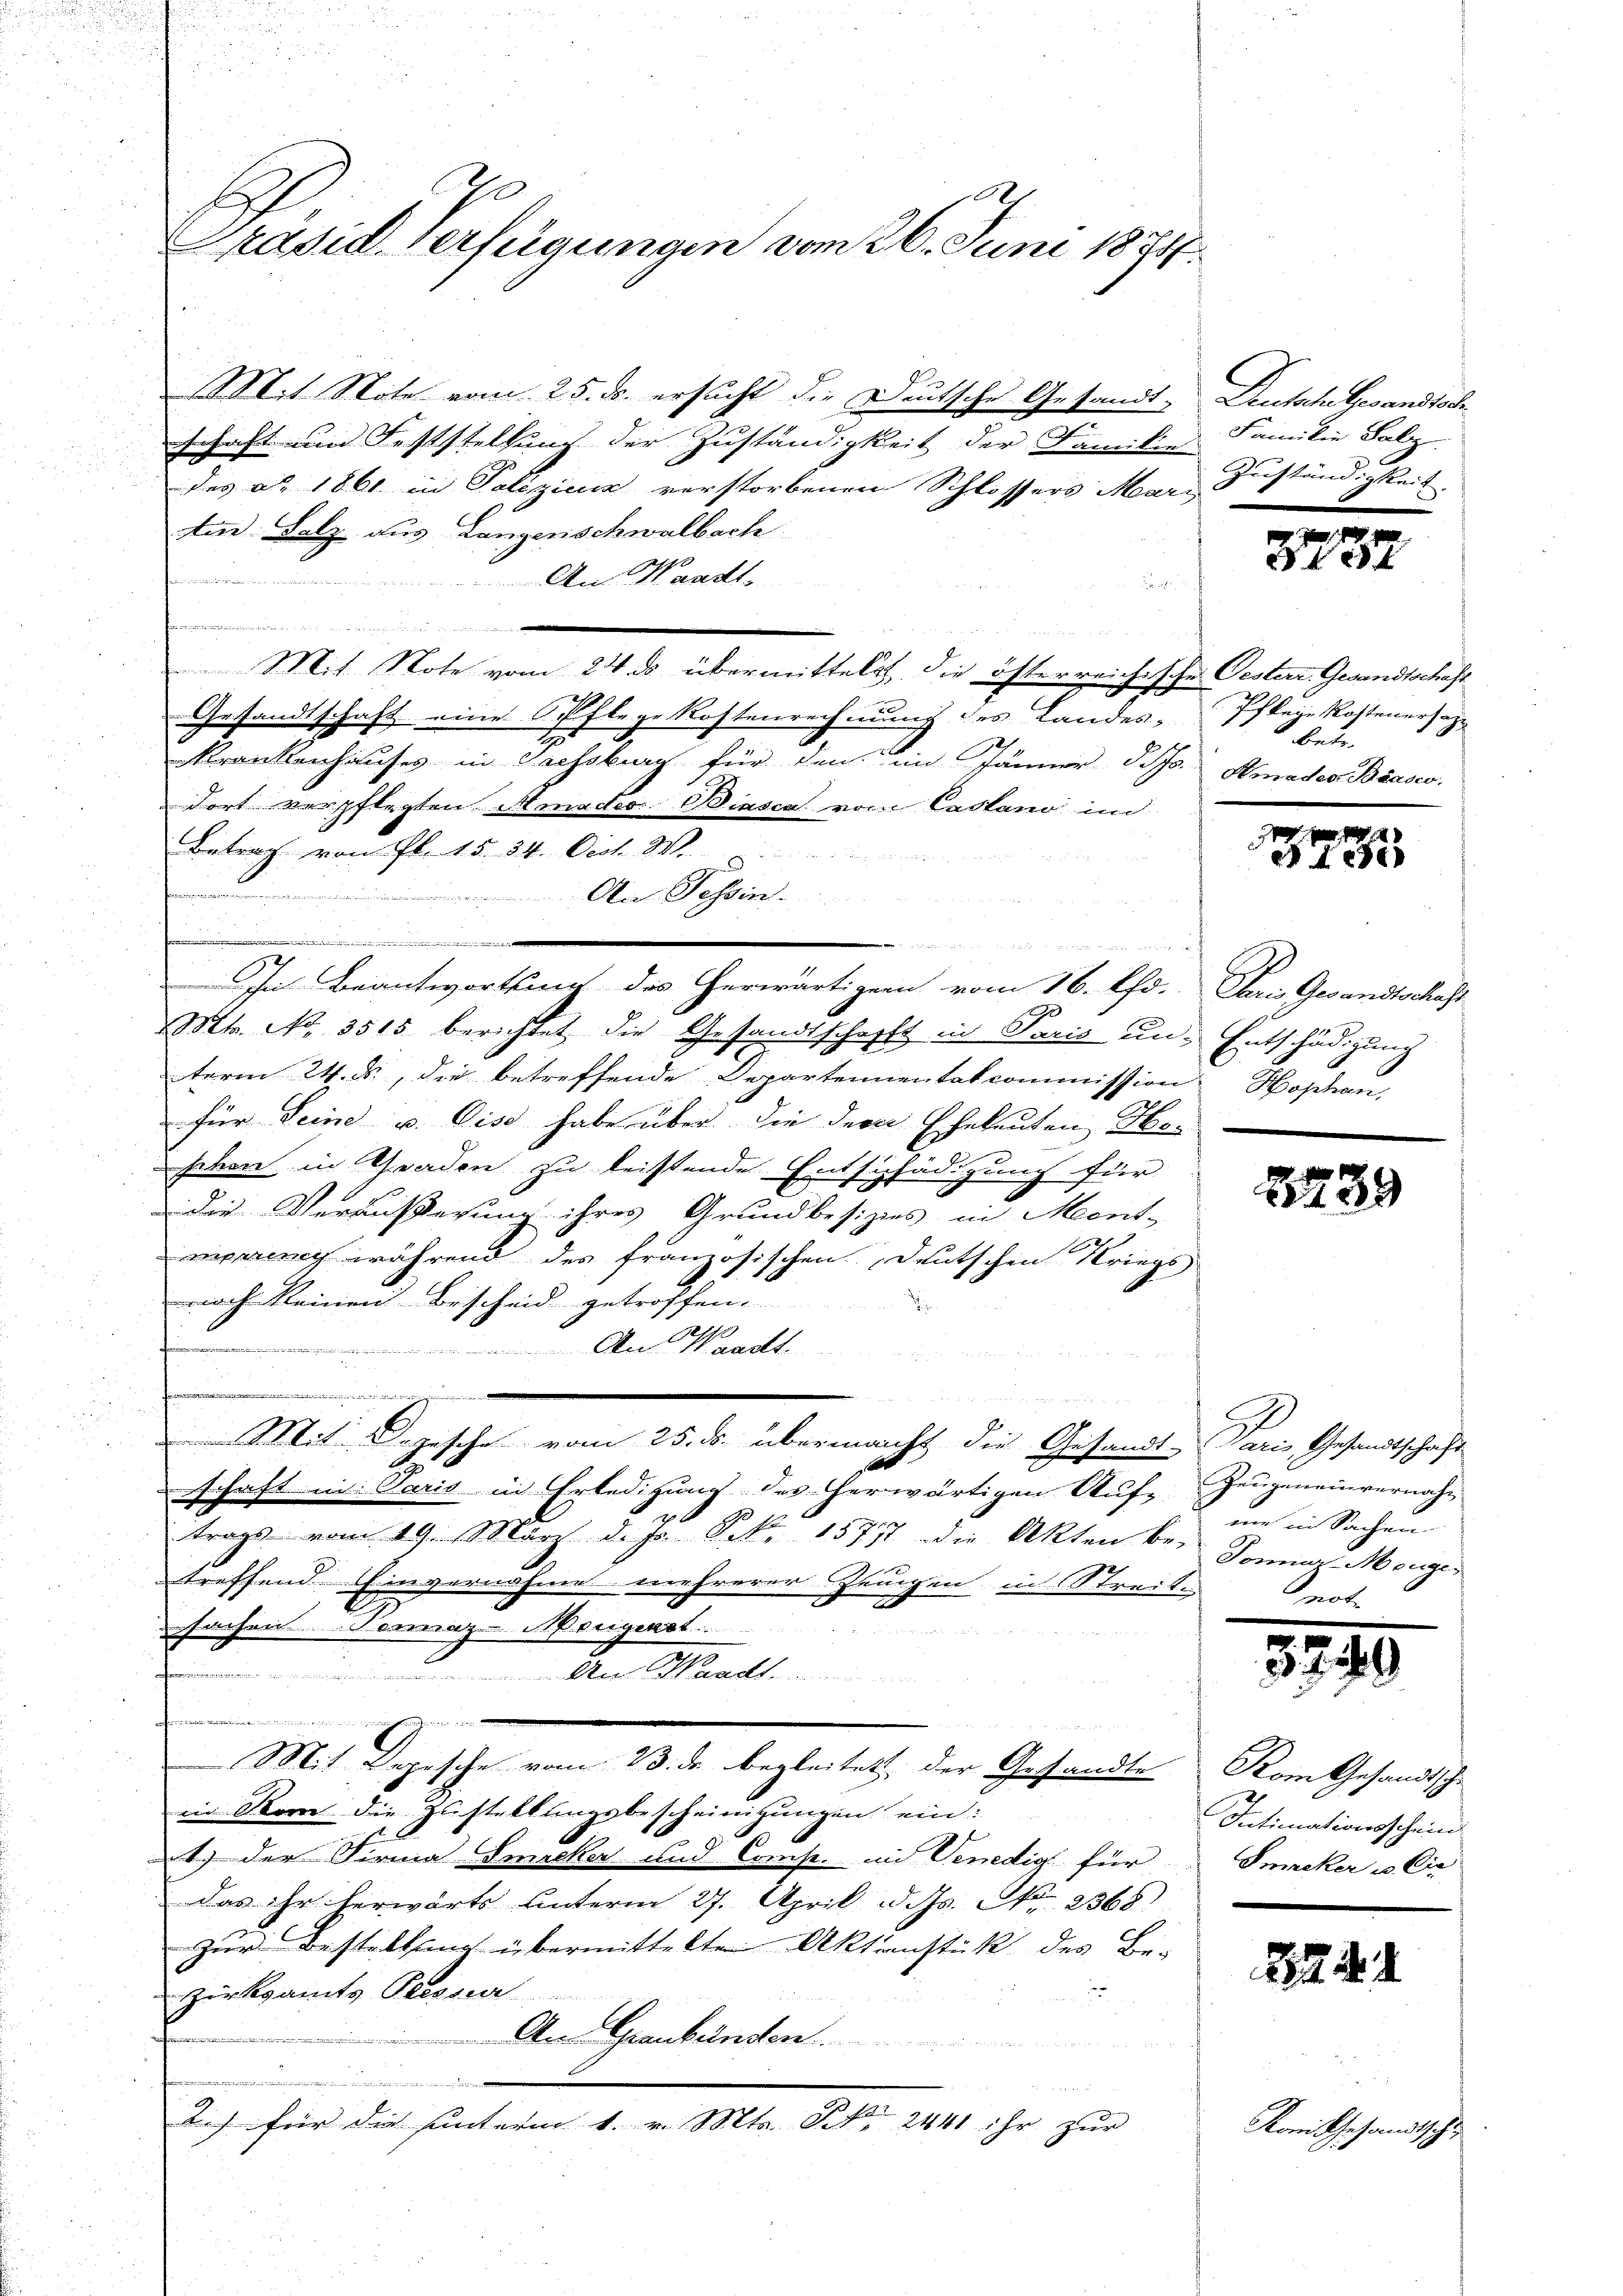
E
Präsid. Verfügungen vom 26. Juni 1888

M.t Note vom 25. ds. ersucht die Deutsche Gesandt-
schaft und Feststellung der Zuständigkeit der Familie Zuständigkeit.
des a. 1861 in Polizienz verstorbenen Schlossers Mari
Am Falz aus Langenschwalbach
hanen die werden wer
An Waadt,
d
n
Mit Note vom 24. ds übermittels, die österreichische Oesterr. Gesandtschaft
Gesandtschaft eine Pflege Kostenrechnung des Landes-Pflege Kostenersatz¬
Krankenhauses in Sachsburg für den im Jänner d. Js. Amades Biasco,
dort verpflegten Amades. Biasca vom Castano ind
Betrag von fl. 15. 54. Oct. W
An Tessin
e
In Beantwortseit des herwärtigen vom 16. Chr.
MMts. No. 3515 berichtet die Gesandtschafft in Paris un Entschädigung
term 24. ds., die betreffende Departennentatcommission Hophan,
für Seine u. Cise habe über die derer Eheleuten Heheben in Gnaden zu leistende Entschädigung für
Die Veräußerung ihres Grundbesizes in Ment-
mprung während des französischen Deutschen Kriegs
noch keinen Bescheid getroffen.
n
An Waadt
irenden in der
Mit gesche vom 25. ds. übermacht die Gesandt-
schaft in Paris in Erledigung des herwärtigen Auf-Zeugeneinvernahtrags vom 19. März d. J. P. Nr. 1571 die Akten be-
treffend Einvernahme mehrerer Zeugen in Streit-
sachen. Teraz- Neugenst
2
 Hier
A Waadt
wegen wurdentenden beurer in der die ihrenden hinwesen der
Mit Depesche vom 23. de begleitet der Gesandte
in Rom die Zustellungsbescheinigungen ein:
t) der Firma Smecker und Comp. mit Venedig für
das ihr herwärts unterm 27. April d. Js. No. 2368)
Zur Bestellung übermittelten Aktenstück des Be-
Zirksamts Pressur
An Graubünden

.
A.) für die unterm 1. v. Mts. S. 2441 ihr zur

Deutschlesandtad
Familie Salz

3752

betr.

3288

Den Gewandtschaft

2239

Paris, Gesandtschafts
me in Sachen
Sonner Menger
n

m

Kom Gesandtsche
Intimationsschein
Smucker u. Cir

8244

Kom Gesandtsche